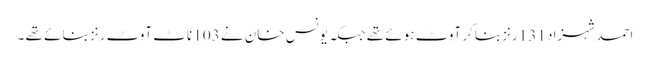
احمد شہزاد 131 رنز بناکر آوٹ ہوئے تھے جبکہ یونس خان نے 103 ناٹ آوٹ رنز بنائے تھے ۔